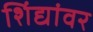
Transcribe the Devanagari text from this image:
शिंद्यांवर